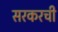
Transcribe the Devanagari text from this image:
सरकरची